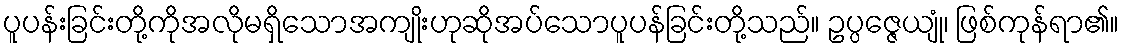
ပူပန်းခြင်းတို့ကိုအလိုမရှိသောအကျိုးဟုဆိုအပ်သောပူပန်ခြင်းတို့သည်။ ဥပ္ပဇ္ဇေယျုံ၊ ဖြစ်ကုန်ရာ၏။